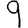
Digit: 9